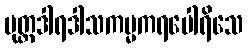
ပုတ္တဒါရဒါသကမ္မကရပေါရိသေ